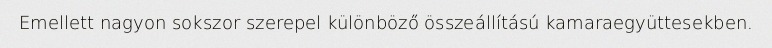
Emellett nagyon sokszor szerepel különböző összeállítású kamaraegyüttesekben.